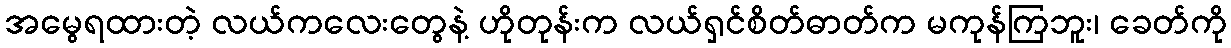
အမွေရထားတဲ့ လယ်ကလေးတွေနဲ့ ဟိုတုန်းက လယ်ရှင်စိတ်ဓာတ်က မကုန်ကြဘူး၊ ခေတ်ကို